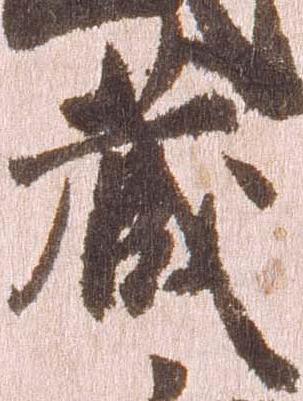
蔵